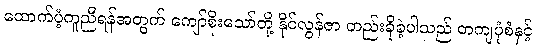
ထောက်ပံ့ကူညီရန်အတွက် ကျော်စိုးသော်တို့ နိုင်လွန်ဇာ တည်းခိုခဲ့ပါသည် တကျပုံစံနှင့်